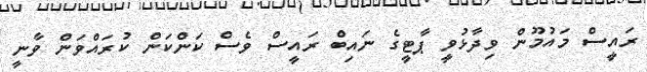
ރައީސް މައުމޫން ވިދާޅުވީ ޕާޓީގެ ނައިބް ރައީސް ވެސް ކަންކަން ކުރައްވަން ވާނީ